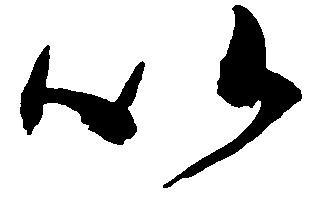
以